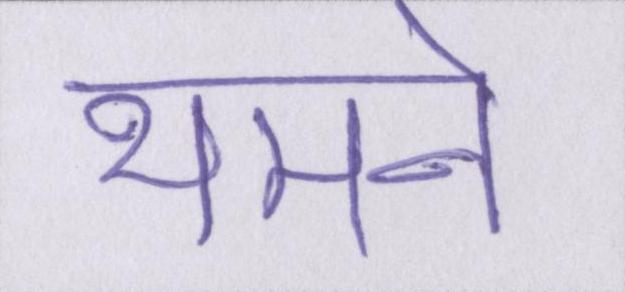
थमने